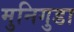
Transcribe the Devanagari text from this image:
मुनिगुडा